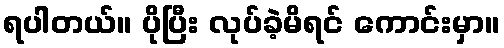
ရပါတယ်။ ပိုပြီး လုပ်ခဲ့မိရင် ကောင်းမှာ။